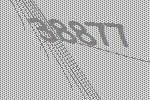
38877